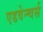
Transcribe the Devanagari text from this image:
एडवेन्चर्स